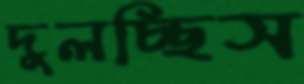
দুলচ্ছিস